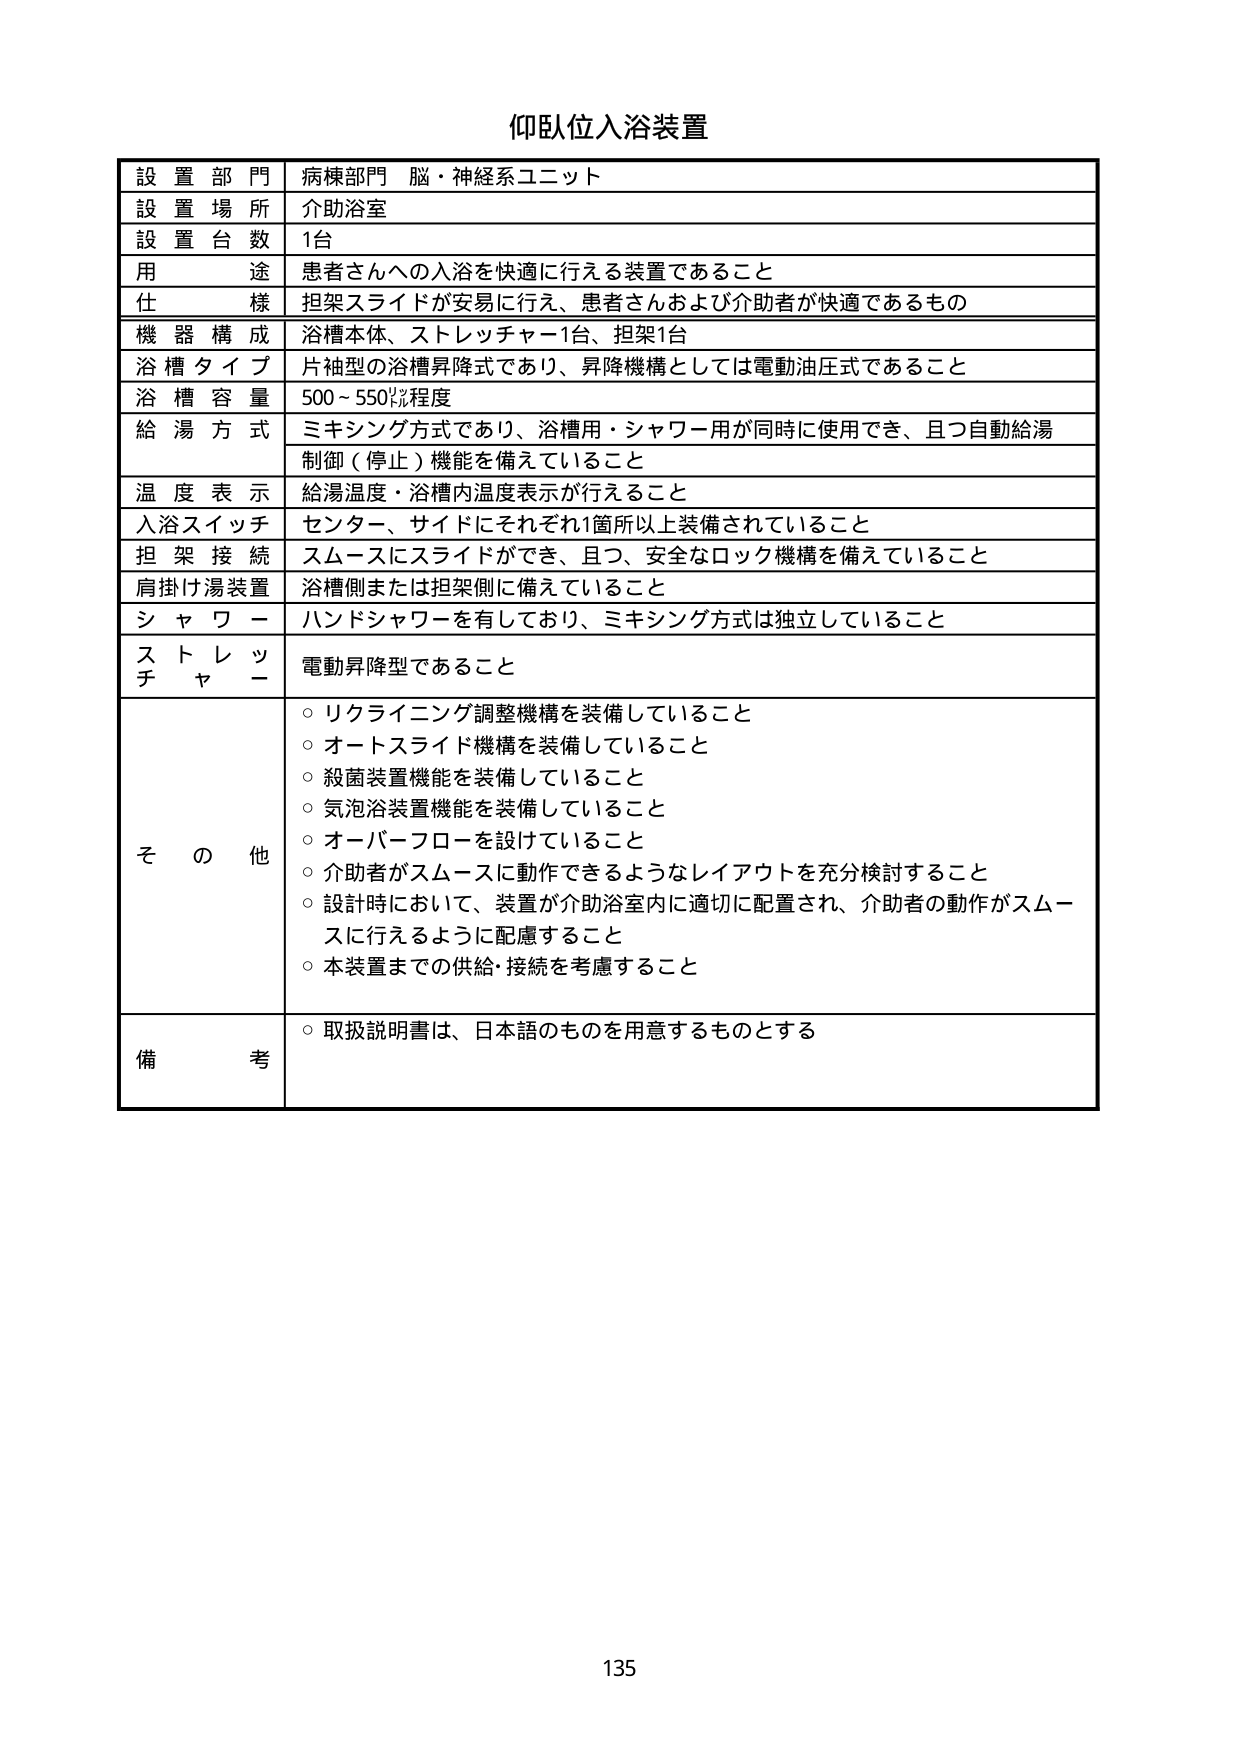
仰臥位入浴装置

設置部門 病棟部門 脳・神経系ユニット
設置場所 介助浴室
設置台数 1台
用途 患者さんへの入浴を快適に行える装置であること
仕様 担架スライドが安易に行え、患者さんおよび介助者が快適であるもの
機器構成 浴槽本体、ストレッチャー1台、担架1台
浴槽タイプ 片袖型の浴槽昇降式であり、昇降機構としては電動油圧式であること
浴槽容量 500～550㍑程度
給湯方式 ミキシング方式であり、浴槽用・シャワー用が同時に使用でき、且つ自動給湯制御（停止）機能を備えていること
温度表示 給湯温度・浴槽内温度表示が行えること
入浴スイッチ センター、サイドにそれぞれ1箇所以上装備されていること
担架接続 スムースにスライドができ、且つ、安全なロック機構を備えていること
肩掛け湯装置 浴槽側または担架側に備えていること
シャワー ハンドシャワーを有しており、ミキシング方式は独立していること
ストレッチャー 電動昇降型であること

その他
○ リクライニング調整機構を装備していること
○ オートスライド機構を装備していること
○ 殺菌装置機能を装備していること
○ 気泡浴装置機能を装備していること
○ オーバーフローを設けていること
○ 介助者がスムースに動作できるようなレイアウトを充分検討すること
○ 設計時において、装置が介助浴室内に適切に配置され、介助者の動作がスムースに行えるように配慮すること
○ 本装置までの供給・接続を考慮すること

備考
○ 取扱説明書は、日本語のものを用意するものとする

135